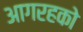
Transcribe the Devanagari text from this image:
आगरहको